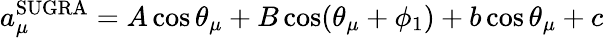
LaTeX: a_{\mu}^{\mathrm{SUGRA}}=A\cos\theta_{\mu}+B\cos(\theta_{\mu}+\phi_{1})+b\cos\theta_{\mu}+c